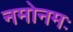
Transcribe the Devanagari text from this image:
नमोनमः